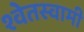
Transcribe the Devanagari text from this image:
श्वेतस्वामी